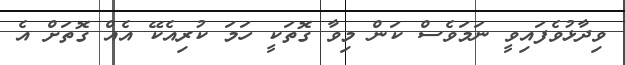
ވިދާޅުވެފައިވީ ނަމަވެސް ކަން މިވާ ގޮތަކީ ހަމަ ކުރިއެކޭ އެއް ގޮތަށް އެ